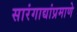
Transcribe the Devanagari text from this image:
सारंगाद्यांप्रमाणे